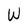
Character: W